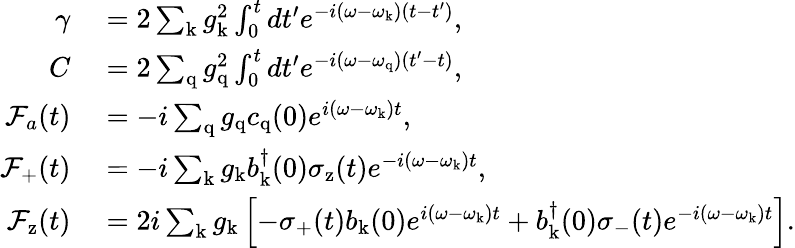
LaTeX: \begin{array}{rl}{\gamma}&{{}=2\sum_{\mathrm{k}}g_{\mathrm{k}}^{2}\int_{0}^{t}dt^{\prime}e^{-i(\omega-\omega_{\mathrm{k}})(t-t^{\prime})},}\\ {C}&{{}=2\sum_{\mathrm{q}}g_{\mathrm{q}}^{2}\int_{0}^{t}dt^{\prime}e^{-i(\omega-\omega_{\mathrm{q}})(t^{\prime}-t)},}\\ {\mathcal{F}_{a}(t)}&{{}=-i\sum_{\mathrm{q}}g_{\mathrm{q}}c_{\mathrm{q}}(0)e^{i(\omega-\omega_{\mathrm{k}})t},}\\ {\mathcal{F}_{\mathrm{+}}(t)}&{{}=-i\sum_{\mathrm{k}}g_{\mathrm{k}}b_{\mathrm{k}}^{\dagger}(0)\sigma_{\mathrm{z}}(t)e^{-i(\omega-\omega_{\mathrm{k}})t},}\\ {\mathcal{F}_{\mathrm{z}}(t)}&{{}=2i\sum_{\mathrm{k}}g_{\mathrm{k}}\left[-\sigma_{\mathrm{+}}(t)b_{\mathrm{k}}(0)e^{i(\omega-\omega_{\mathrm{k}})t}+b_{\mathrm{k}}^{\dagger}(0)\sigma_{\mathrm{-}}(t)e^{-i(\omega-\omega_{\mathrm{k}})t}\right].}\end{array}